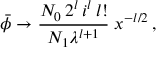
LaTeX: \bar { \phi } \rightarrow \frac { N _ { 0 } \, 2 ^ { l } \, i ^ { l } \, l ! } { N _ { 1 } \lambda ^ { l + 1 } } \; x ^ { - l / 2 } \, ,